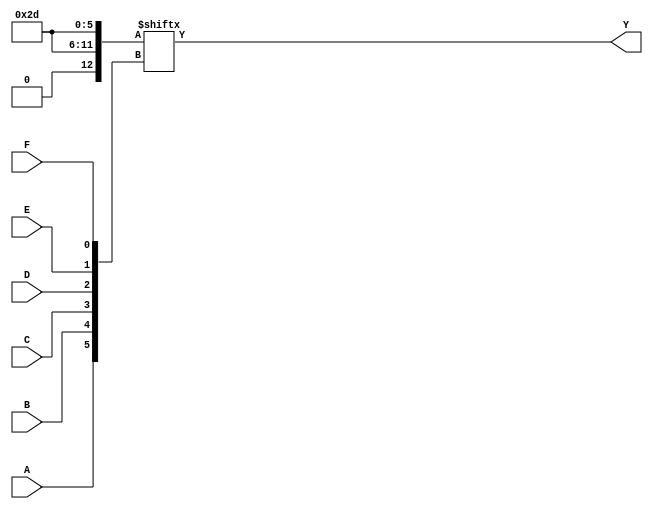
module KMap6Variable (
    input wire A,    // Input variable A
    input wire B,    // Input variable B
    input wire C,    // Input variable C
    input wire D,    // Input variable D
    input wire E,    // Input variable E
    input wire F,    // Input variable F
    output wire Y    // Output Boolean function Y
);

// Define the K-map using a 64-bit register (64 cells)
reg [63:0] k_map;

// Initialize the K-map with minterms (example values)
initial begin
    // Example: Fill in the K-map with appropriate minterms
    // Here, we assume some arbitrary minterms for demonstration.
    // Replace with actual minterms for your specific function.
    k_map[0]   = 1; // m0
    k_map[1]   = 0; // m1
    k_map[2]   = 1; // m2
    k_map[3]   = 1; // m3
    k_map[4]   = 0; // m4
    k_map[5]   = 1; // m5
    // Continue filling in the K-map based on your function...
    k_map[63]  = 0; // m63
end

// Calculate the index of the K-map based on A, B, C, D, E, F
wire [5:0] index;
assign index = {A, B, C, D, E, F};

// Output Y is the value in the K-map at the calculated index
assign Y = k_map[index];

endmodule